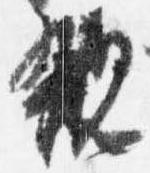
親